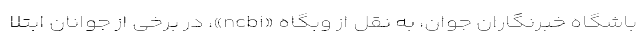
باشگاه خبرنگاران جوان، به نقل از وبگاه «ncbi»، در برخی از جوانان ابتلا